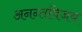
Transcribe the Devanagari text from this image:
अनन्तविजय